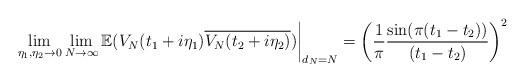
LaTeX: \begin{align*}\lim_{\eta_1,\eta_2 \to 0}\lim_{N \to \infty}\mathbb{E}(V_{N}(t_1+i\eta_1)\overline{V_{N}(t_2+i\eta_2)})\bigg|_{d_{N}=N} = \left(\frac{1}{\pi}\frac{\sin(\pi(t_1-t_2))}{(t_1-t_2)}\right)^{2} \end{align*}